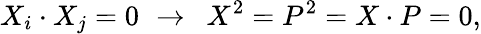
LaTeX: X_{i}\cdot X_{j}=0\, \, \rightarrow\, \, \, X^{2}=P^{2}=X\cdot P=0,